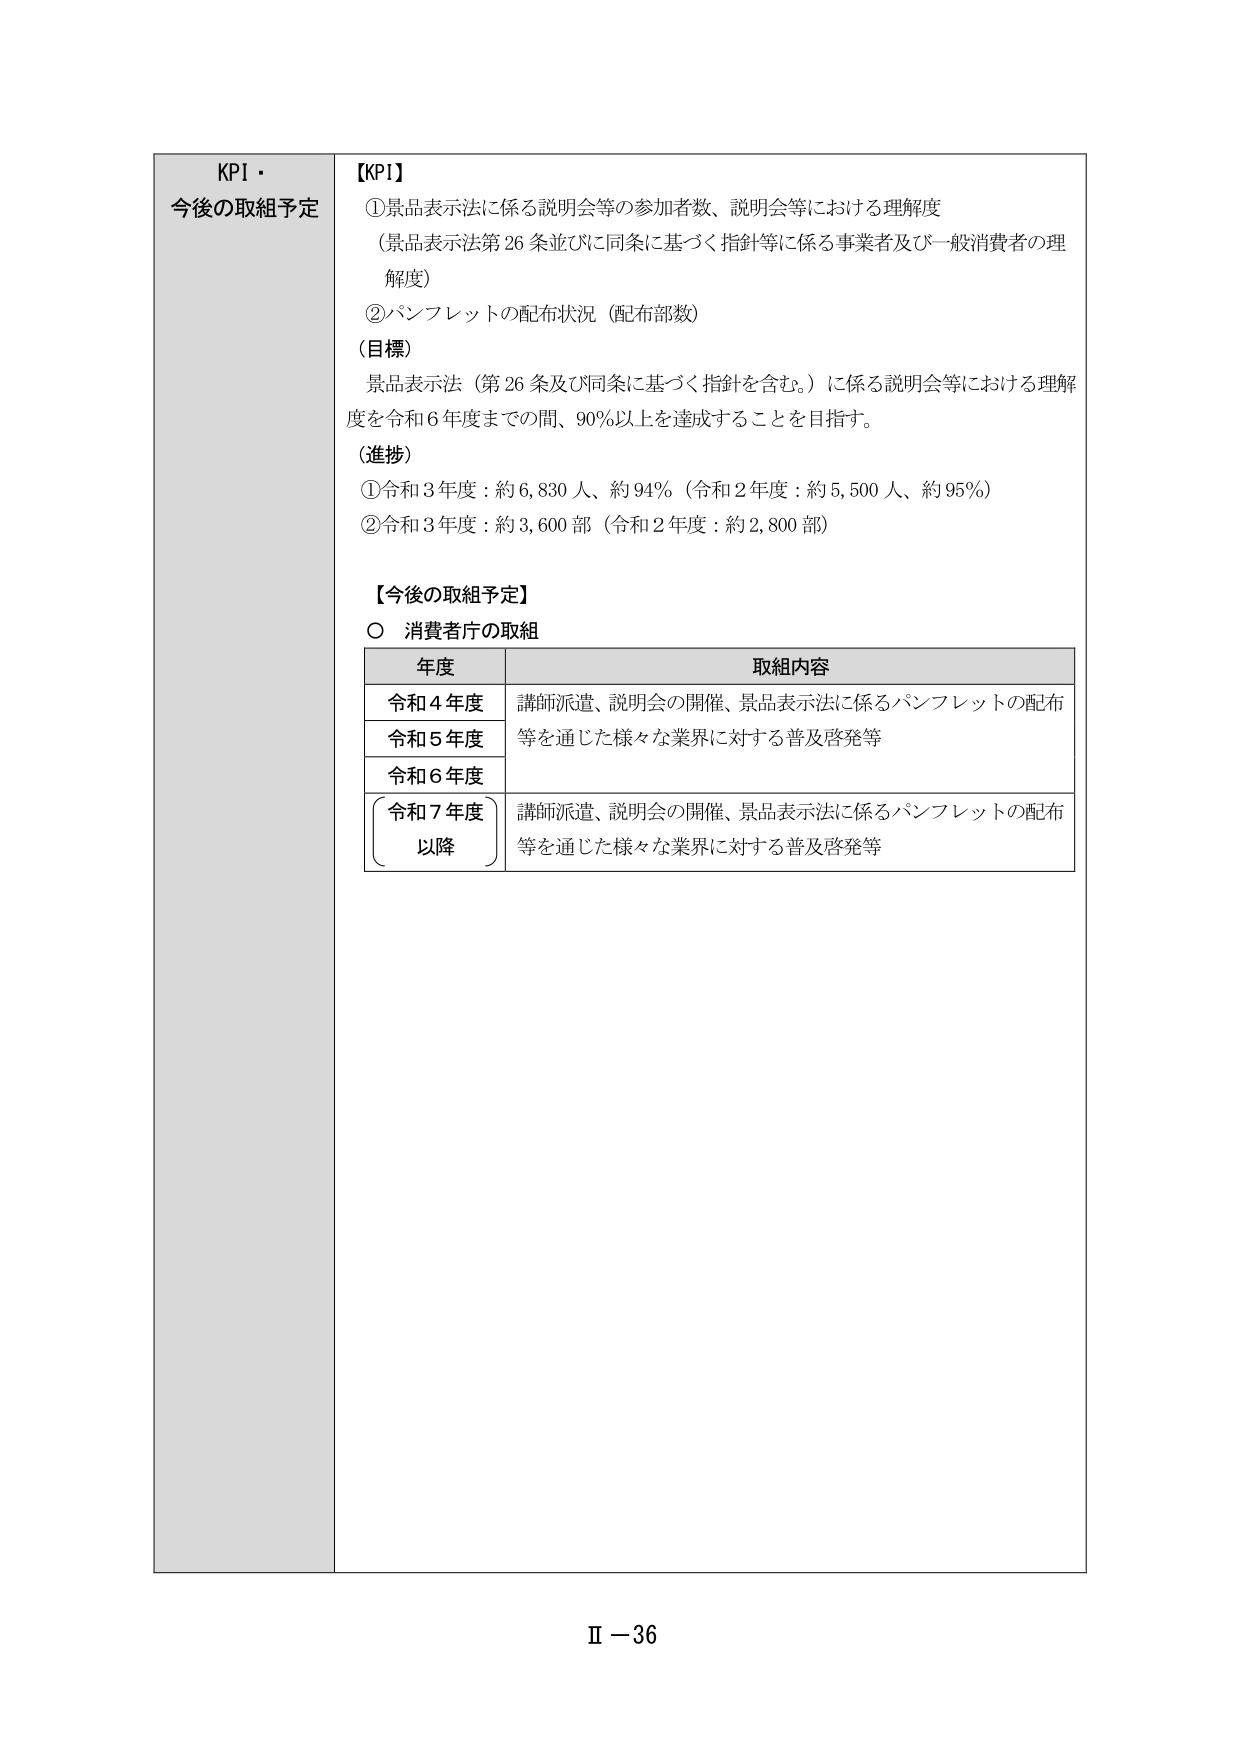
KPI・
今後の取組予定

【KPI】
①景品表示法に係る説明会等の参加者数、説明会等における理解度
（景品表示法第26条並びに同条に基づく指針等に係る事業者及び一般消費者の理解度）
②パンフレットの配布状況（配布部数）

（目標）
景品表示法（第26条及び同条に基づく指針を含む。）に係る説明会等における理解度を令和6年度までの間、90％以上を達成することを目指す。

（進捗）
①令和3年度：約6,830人、約94％（令和2年度：約5,500人、約95％）
②令和3年度：約3,600部（令和2年度：約2,800部）

【今後の取組予定】
○ 消費者庁の取組

年度　　　　　　　　　取組内容
令和4年度　　　　　講師派遣、説明会の開催、景品表示法に係るパンフレットの配布
令和5年度　　　　　等を通じた様々な業界に対する普及啓発等
令和6年度
令和7年度　　　　　講師派遣、説明会の開催、景品表示法に係るパンフレットの配布
以降　　　　　　　　等を通じた様々な業界に対する普及啓発等

Ⅱ－36